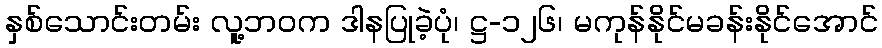
နှစ်သောင်းတမ်း လူ့ဘဝက ဒါနပြုခဲ့ပုံ၊ ဋ္ဌ-၁၂၆၊ မကုန်နိုင်မခန်းနိုင်အောင်